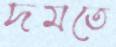
দমতে